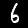
Digit: 6